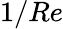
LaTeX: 1/Re